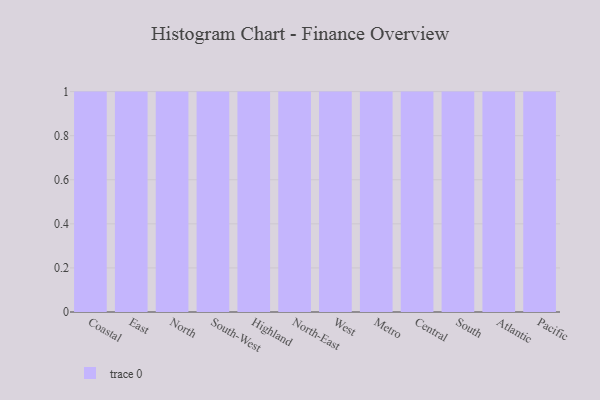
{"axis": {"x": "Region", "y": "Operating Costs (USD K)"}, "legend": [""], "data": [{"x": "Coastal", "y": 54, "type": ""}, {"x": "East", "y": 16, "type": ""}, {"x": "North", "y": 42, "type": ""}, {"x": "South-West", "y": 23, "type": ""}, {"x": "Highland", "y": 2, "type": ""}, {"x": "North-East", "y": 30, "type": ""}, {"x": "West", "y": 89, "type": ""}, {"x": "Metro", "y": 75, "type": ""}, {"x": "Central", "y": 16, "type": ""}, {"x": "South", "y": 23, "type": ""}, {"x": "Atlantic", "y": 67, "type": ""}, {"x": "Pacific", "y": 15, "type": ""}]}